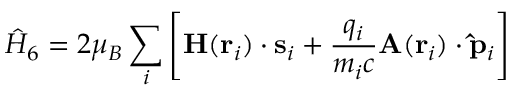
{ \hat { H } } _ { 6 } = 2 \mu _ { B } \sum _ { i } \left[ \mathbf { H } ( \mathbf { r } _ { i } ) \cdot \mathbf { s } _ { i } + { \frac { q _ { i } } { m _ { i } c } } \mathbf { A } ( \mathbf { r } _ { i } ) \cdot \mathbf { \hat { p } } _ { i } \right]